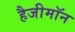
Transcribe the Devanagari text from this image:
हैजीमॉन